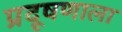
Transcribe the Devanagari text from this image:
प्रदूषणाला